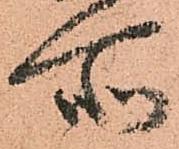
所